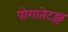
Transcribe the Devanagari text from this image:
पोगातेट्झ